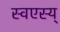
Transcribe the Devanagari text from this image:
स्वएस्य्